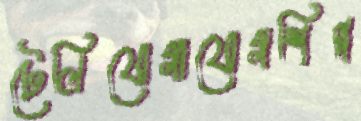
টেলিযোগাযোগশিল্প